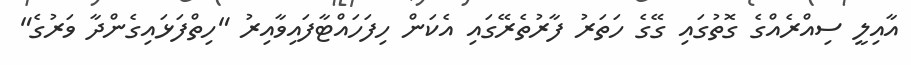
އާއިލީ ސިއްރެއްގެ ގޮތުގައި ގޭގެ ހަތަރު ފާރުތެރޭގައި އެކަން ހިފަހައްޓާފައިވާއިރު "ހިތްފަޅައިގެންދާ ވަރުގެ"